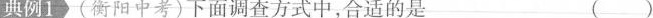
典例1 (衡阳中考) 下面调查方式中，合适的是 ()